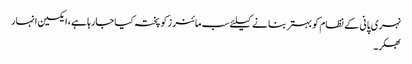
نہری پانی کے نظام کو بہتر بنا نے کیلئے سب مائنر زکو پختہ کیا جارہا ہے، ایکسین انہار
بھکر۔